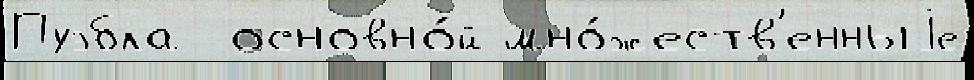
Пуэбла  основно́й мно́жеств'енныjе